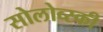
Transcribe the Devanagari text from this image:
सोलोव्स्की